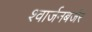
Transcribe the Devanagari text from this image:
श्वार्जनबर्जर